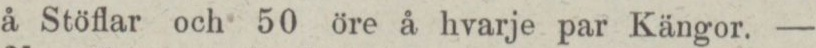
å Stöflar och 50 öre å hvarje par Kängor. —